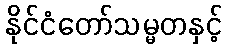
နိုင်ငံတော်သမ္မတနှင့်